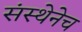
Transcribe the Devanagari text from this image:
संस्थेनेच